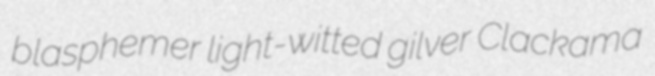
blasphemer light-witted gilver Clackama